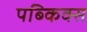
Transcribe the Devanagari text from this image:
पब्किक्स